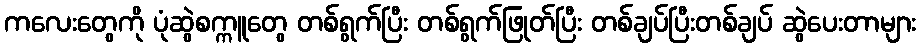
ကလေးတွေကို ပုံဆွဲစက္ကူတွေ တစ်ရွက်ပြီး တစ်ရွက်ဖြုတ်ပြီး တစ်ချပ်ပြီးတစ်ချပ် ဆွဲပေးတာများ